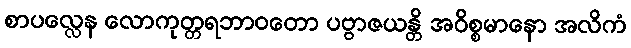
စာပလ္လေန လောကုတ္တရဘာဝတော ပဗ္ဗာဇယန္တိ အဝိစ္စမာနော အလိကံ